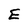
Character: E